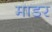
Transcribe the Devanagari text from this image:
माडर